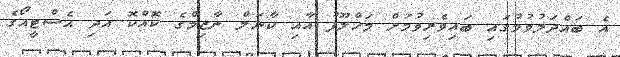
އެ ބައްދަލުވުމުގައި ބައިވެރިވުމަށް މަހްލޫފު އާއި ކާނަލް ނާޒިމްގެ ކޮއްކޮ އަދި އެސްޓީއޯގެ